Annual administration report of the Civil Veterinary Department of India - 1900-1901
Year: 1900
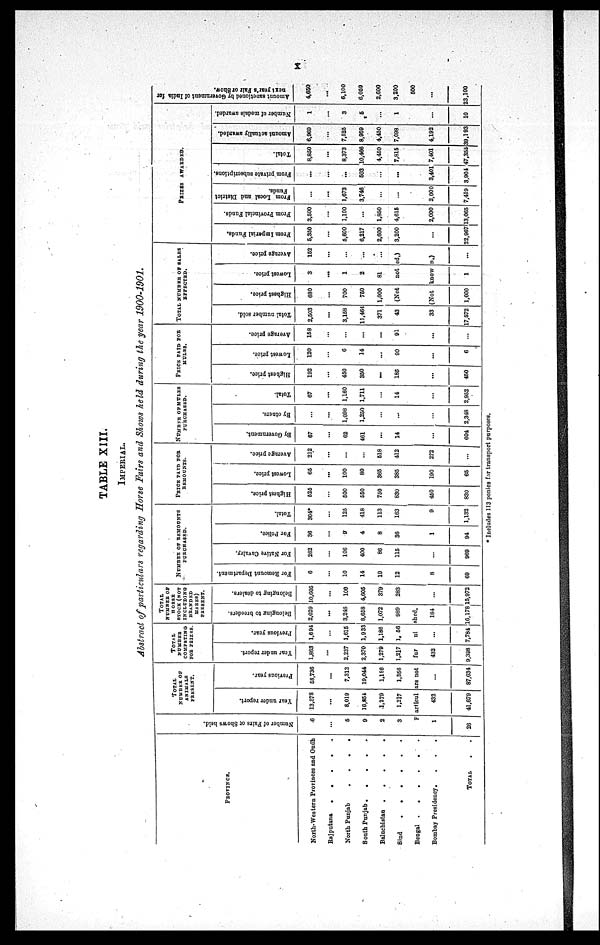
X
TABLE XIII.
IMPERIAL.
Abstract of particulars regarding Horse Fairs and Shows held during the year 1900-1901.
PROVINCE.
North-Western Provinces and Oudh
Rajputana
.
.
.
.
. .
North Punjab
.
.
.
.
South Punjab .
.
.
.
.
Baluchistan
.
.
.
.
.
Sind
.
.
.
.
.
.
Bengal
.
.
.
.
.
.
Bombay Presidency . . . .
TOTAL . .
Nu mb e r of Fai r s or Shows held.
6
...
5
9
2
3
TOTAL
NUMBER OF
ANIMALS
PRESENT.
Year under report.
13,878
...
8.019
16,854
1,279
1,217
Previous year.
58,736
...
7,312
19,044
1,186
1,356
TOTAL
NUMBER
COMPETING
FOR PRIZES.
Year under report.
1,863
...
2,237
2,370
1,279
1,217
Previous year.
1,694
...
1,615
1,933
1,186
1, 56
TOTAL
NUMBER OF
HORSE
STOCK (NOT
INCLUDING
BRANDED
MARES
PRESENT.
Belonging to breeders.
2,029
...
3,246
8,658
1,072
989
Belonging to dealers.
10,605
...
100
4,605
379
283
Particulars not
furnished.
1
26
432
41,679
...
87,634
432
9,398
...
7,784
184
16,178
...
15,972
NUMBER OF REMOUNTS
PURCHASED.
For Remount Department.
6
...
10
14
19
12
8
69
For Native Cavalry.
262
...
106
400
86
115
...
969
For Police.
36
...
9
4
8
36
1
94
Total.
304*
...
125
418
113
163
9
1,132
PRICE PAID FOR
REMOUNTS.
Highest price.
525
...
500
550
750
830
450
830
Lowest price.
65
...
100
80
365
385
190
65
Average price.
212
...
...
...
518
412
272
...
NUMBER OF MULES
PURCHASED.
By Government.
67
...
62
461
...
14
...
604
By others.
...
1,098
1,250
...
...
...
2,348
Total.
67
...
1,160
1,711
...
14
...
2,952
PRICE PAID FOR
MULES.
Highest price.
192
...
450
350
...
185
...
450
Lowest price.
120
...
6
14
...
90
...
6
Average price.
158
...
...
...
91
...
...
TOTAL NUMBER OF SALES
EFFECTED.
Total number sold.
2,503
...
3,158
11,464
371
43
33
17,572
Highest price.
680
...
700
750
1,000
Lowest price.
3
...
1
2
81
Average price.
152
...
...
...
...
(Not
noted.)
(Not known.)...
1,000
1
...
PRIZES AWARDED.
From Imperial Funds.
5,350
...
5,600
6,217
2,600
3,200
...
22,967
From Provincial Funds.
3,500
...
1,100
...
1,850
4,615
2,000
13,065
From Local and District
Funds.
...
...
1,673
3,746
...
...
2,000
7,419
From private subscriptions.
...
...
...
503
...
...
3,401
3,904
Total.
8,850
...
8,373
10,466
4,450
7,815
7,401
47,355
Amount actually awarded.
6,969
...
7,525
8,959
4,450
7,098
4,192
39,193
Number of medals awarded.
1
...
3
5
...
1
...
10
Amount sapetioned by Government of India for
next
year's
Fair
or
Show.
4,650
...
6,100
6,050
2,600
3,200
500
...
23,100
* Includes 113 ponies for transport purposes.